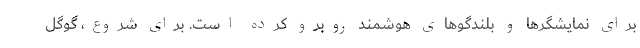
برای نمایشگرها و بلندگوهای هوشمند روبرو کرده است. برای شروع، گوگل